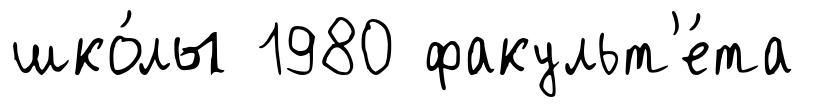
шко́лы 1980 факульт'е́та